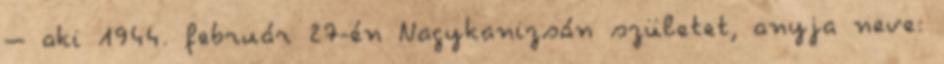
– aki 1944. február 27-én Nagykanizsán születet, anyja neve: